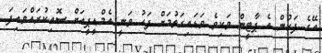
އޭގެ ފަހުން އެ ޕާޓީން ވަކިވެ ވަޑައިގަތުމަށް ފަހު ވަނީ އެމްޑީޕީއަށް ސޮއިކުރައްވައިފަ